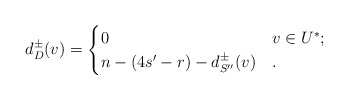
\begin{align*}d_D^\pm(v)=\begin{cases}0 & v\in U^*;\\n-(4s'-r)-d_{S''}^\pm(v) & .\end{cases}\end{align*}